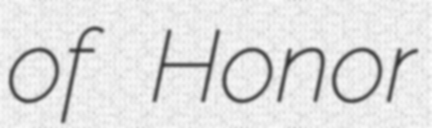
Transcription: of Honor